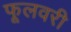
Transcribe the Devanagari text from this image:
फूलवरी